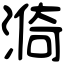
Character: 𣺈